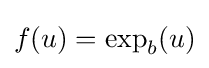
f(u)=\exp _{b}(u)